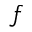
f